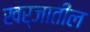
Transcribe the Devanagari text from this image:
खर्जातील